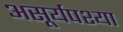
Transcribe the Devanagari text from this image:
असूर्यपश्या